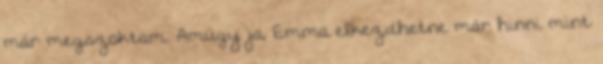
már megszoktam. Amúgy ja, Emma elkezdhetne már hinni mint